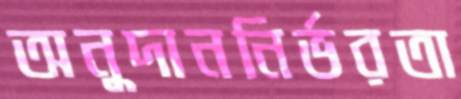
অনুদাননির্ভরতা